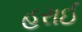
હરાઈ